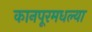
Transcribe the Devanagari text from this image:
कानपूरमधल्या